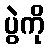
ပွဲကို